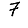
Digit: 7